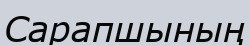
Сарапшының